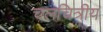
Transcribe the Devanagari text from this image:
चलचित्रीय